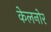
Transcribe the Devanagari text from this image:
केलनोर